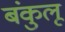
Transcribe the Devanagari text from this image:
बंकुलू